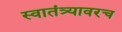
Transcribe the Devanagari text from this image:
स्वातंत्र्यावरच